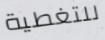
للتغطية